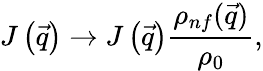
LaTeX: J\left(\vec{q}\right)\rightarrow J\left(\vec{q}\right)\frac{\rho_{nf}(\vec{q})}{\rho_{0}},